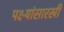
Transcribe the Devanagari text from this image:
पक्ष्यांसारखी